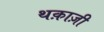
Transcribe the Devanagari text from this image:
थक़ाज़ी